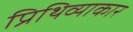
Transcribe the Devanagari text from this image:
प्रिथिव्याकार